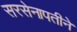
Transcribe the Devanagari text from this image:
सरसेनापतीने